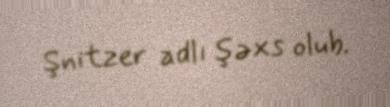
Şnitzer adlı şəxs olub.